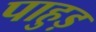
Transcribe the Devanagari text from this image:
पाहुड़